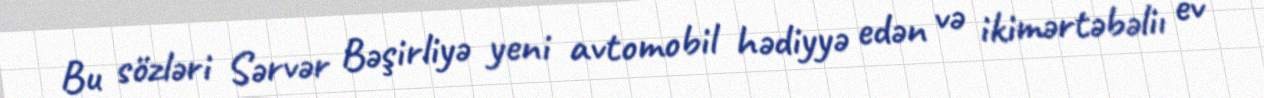
Bu sözləri Sərvər Bəşirliyə yeni avtomobil hədiyyə edən və ikimərtəbəliı ev